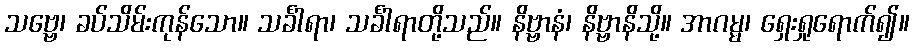
သဗ္ဗေ၊ ခပ်သိမ်းကုန်သော။ သင်္ခါရာ၊ သင်္ခါရာတို့သည်။ နိဗ္ဗာနံ၊ နိဗ္ဗာနိသို့။ အာဂမ္မ၊ ရှေးရှုရောက်၍။